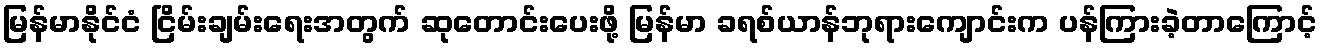
မြန်မာနိုင်ငံ ငြိမ်းချမ်းရေးအတွက် ဆုတောင်းပေးဖို့ မြန်မာ ခရစ်ယာန်ဘုရားကျောင်းက ပန်ကြားခဲ့တာကြောင့်